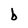
Character: b